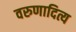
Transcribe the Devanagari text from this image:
वरुणादित्य